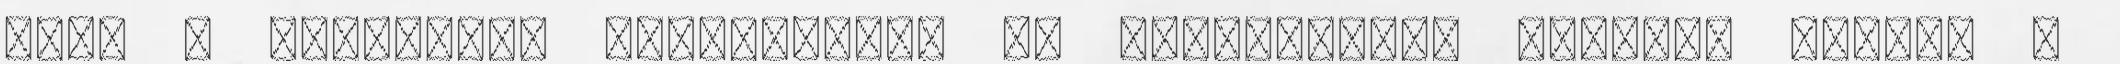
hogy a webáruház használható és működőképes legyen. Ezeket a